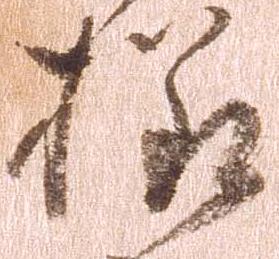
様